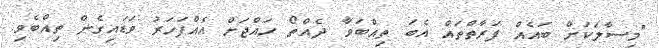
"މިސާލަކަށް ބައެއް ފަރާތްތައް އެބަ ތިއްބަވާ ދެއްތޯ ހައްޖަށް އެއްފަހަރު ވަޑައިގެން ތިއްބެވި.